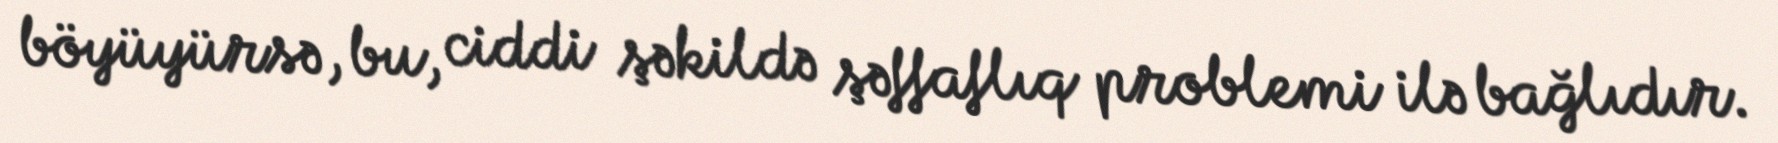
böyüyürsə, bu, ciddi şəkildə şəffaflıq problemi ilə bağlıdır.